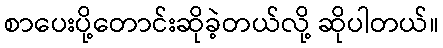
စာပေးပို့တောင်းဆိုခဲ့တယ်လို့ ဆိုပါတယ်။